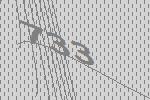
733